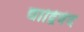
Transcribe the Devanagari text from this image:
द्याद्विवेद